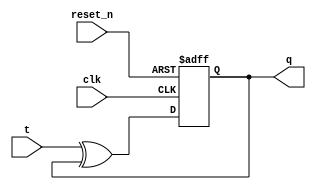
module async_t_ff(input wire clk, input wire reset_n, input wire t, output reg q);

    reg d;

    assign d = t ^ q;

    always @(posedge clk or negedge reset_n)
    begin
        if (~reset_n)
            q <= 1'b0;
        else
            q <= d;
    end

endmodule